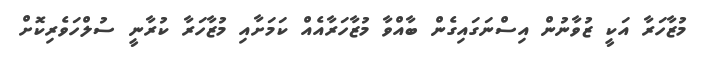
މުޒާހަރާ އަކީ ޒުވާނުން އިސްނަގައިގެން ބާއްވާ މުޒާހަރާއެއް ކަމަށާއި މުޒާހަރާ ކުރާނީ ސުލްހަވެރިކޮށް